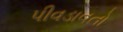
પીવડાવતો